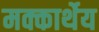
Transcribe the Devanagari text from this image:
मक्कार्थेय